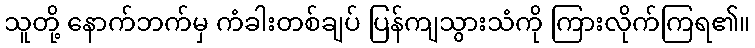
သူတို့ နောက်ဘက်မှ ကံခါးတစ်ချပ် ပြန်ကျသွားသံကို ကြားလိုက်ကြရ၏။